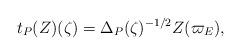
LaTeX: \begin{align*}t_P(Z)(\zeta)=\Delta_P(\zeta)^{-1/2}Z(\varpi_E),\end{align*}